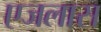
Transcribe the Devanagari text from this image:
एजलास